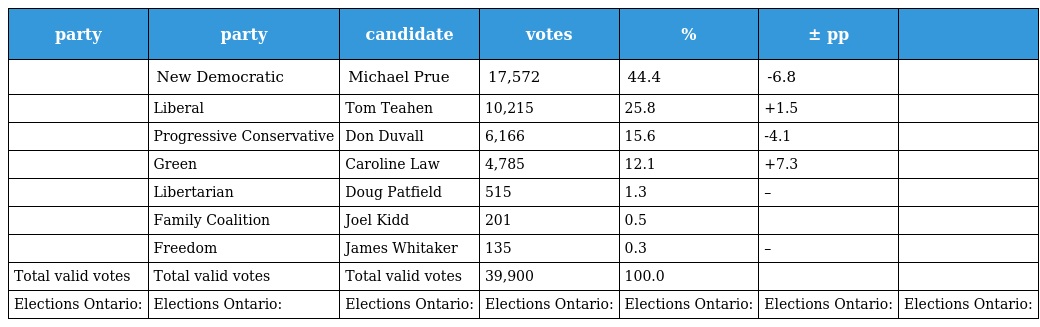
| party | party | candidate | votes | % | ± pp |  |
 | --- | --- | --- | --- | --- | --- | --- |
 |  | New Democratic | Michael Prue | 17,572 | 44.4 | -6.8 |  |
 |  | Liberal | Tom Teahen | 10,215 | 25.8 | +1.5 |  |
 |  | Progressive Conservative | Don Duvall | 6,166 | 15.6 | -4.1 |  |
 |  | Green | Caroline Law | 4,785 | 12.1 | +7.3 |  |
 |  | Libertarian | Doug Patfield | 515 | 1.3 | – |  |
 |  | Family Coalition | Joel Kidd | 201 | 0.5 |  |  |
 |  | Freedom | James Whitaker | 135 | 0.3 | – |  |
 | Total valid votes | Total valid votes | Total valid votes | 39,900 | 100.0 |  |  |
 | Elections Ontario: | Elections Ontario: | Elections Ontario: | Elections Ontario: | Elections Ontario: | Elections Ontario: | Elections Ontario: |